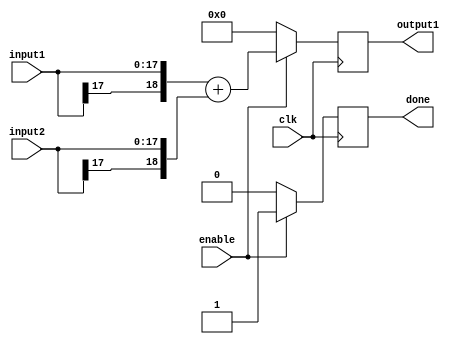
/*
	Author: Aniket Badhan
	Description: Addition stage 3 of Convolution layer 2, convolution of convolved image and convolved pattern
*/

`timescale 1ns / 1ps

module adderStage3_2(
    	input [17:0] input1,
    	input [17:0] input2,
    	output reg [18:0] output1,
	input enable,
    	input clk,
	output reg done
    );
	
	always @ (posedge clk) begin
		if(enable) begin
			output1 <= {input1[17], input1} + {input2[17], input2};
			done <= 1'b1;
		end
		else begin
			output1 <= 0;
			done <= 1'b0;
		end
	end
	
endmodule